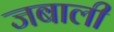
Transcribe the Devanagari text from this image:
जबाली